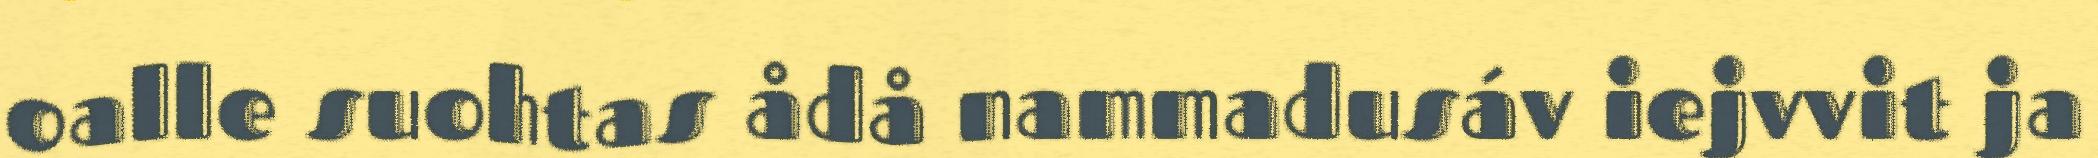
oalle suohtas ådå nammadusáv iejvvit ja